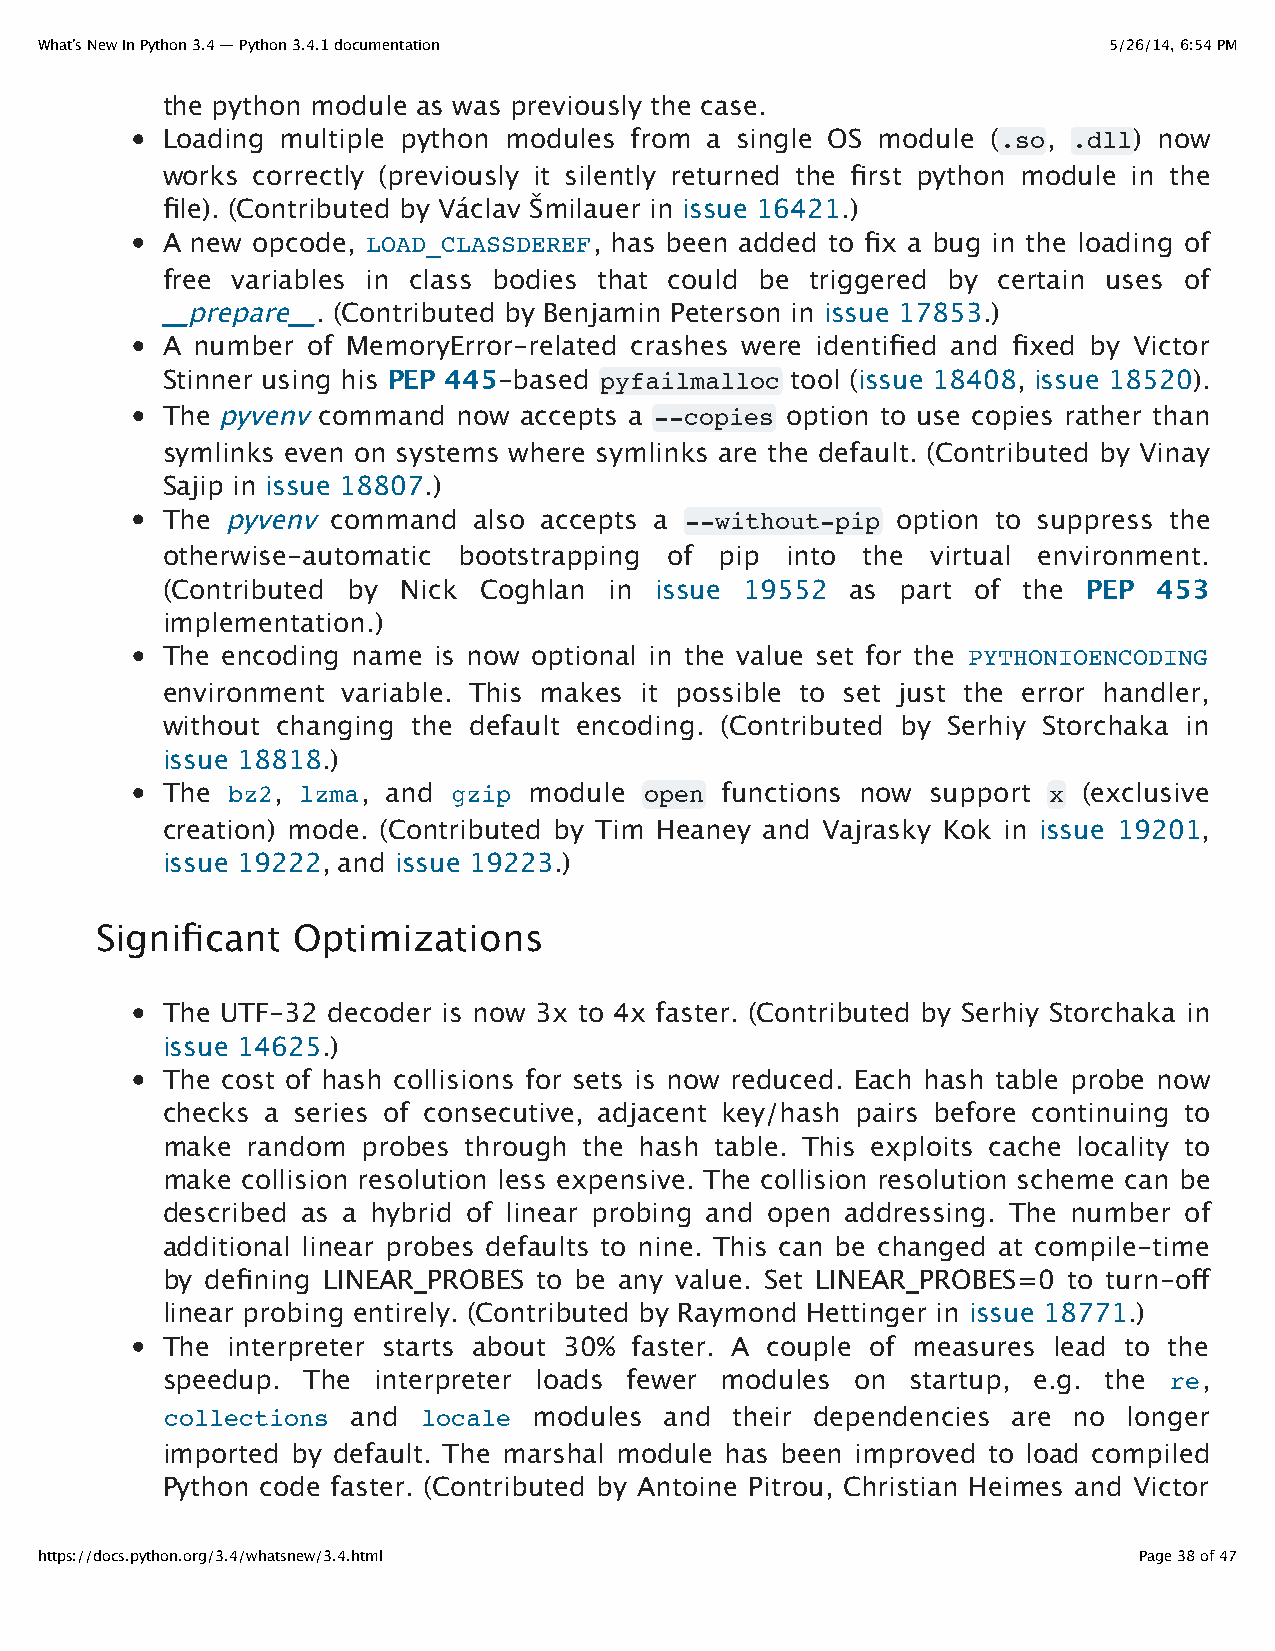
What’s New In Python 3.4 — Python 3.4.1 documentation                  5/26/14, 6:54 PM
 the python module as was previously the case.
 Loading multiple python modules from a single OS module (.so, .dll) now
 works correctly (previously it silently returned the first python module in the
 file). (Contributed by Václav Šmilauer in issue 16421.)
 A new opcode, LOAD_CLASSDEREF, has been added to fix a bug in the loading of
 free variables in class bodies that could be triggered by certain uses of
 __prepare__. (Contributed by Benjamin Peterson in issue 17853.)
 A number of MemoryError-related crashes were identified and fixed by Victor
 Stinner using his PEP 445-based pyfailmalloc tool (issue 18408, issue 18520).
 The pyvenv command now accepts a --copies option to use copies rather than
 symlinks even on systems where symlinks are the default. (Contributed by Vinay
 Sajip in issue 18807.)
 The pyvenv command  also accepts a --without-pip option to suppress the
 otherwise-automatic bootstrapping of pip into the  virtual environment.
 (Contributed by Nick Coghlan in issue 19552  as  part of the PEP  453
 implementation.)
 The encoding name is now optional in the value set for the PYTHONIOENCODING
 environment variable. This makes it possible to set just the error handler,
 without changing the default encoding. (Contributed by Serhiy Storchaka in
 issue 18818.)
 The bz2, lzma, and gzip module  open functions now support x (exclusive
 creation) mode. (Contributed by Tim Heaney and Vajrasky Kok in issue 19201,
 issue 19222, and issue 19223.)
 Significant  Optimizations
 The UTF-32 decoder is now 3x to 4x faster. (Contributed by Serhiy Storchaka in
 issue 14625.)
 The cost of hash collisions for sets is now reduced. Each hash table probe now
 checks a series of consecutive, adjacent key/hash pairs before continuing to
 make random  probes through the hash table. This exploits cache locality to
 make collision resolution less expensive. The collision resolution scheme can be
 described as a hybrid of linear probing and open addressing. The number of
 additional linear probes defaults to nine. This can be changed at compile-time
 by defining LINEAR_PROBES to be any value. Set LINEAR_PROBES=0 to turn-off
 linear probing entirely. (Contributed by Raymond Hettinger in issue 18771.)
 The interpreter starts about 30% faster. A couple of measures lead to the
 speedup. The  interpreter loads fewer modules on startup, e.g. the re,
 collections and  locale modules  and  their dependencies are no longer
 imported by default. The marshal module has been improved to load compiled
 Python code faster. (Contributed by Antoine Pitrou, Christian Heimes and Victor
 https://docs.python.org/3.4/whatsnew/3.4.html                            Page 38 of 47